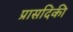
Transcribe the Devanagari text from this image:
प्रासदिकी